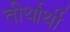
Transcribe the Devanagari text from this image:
तीर्थार्थी